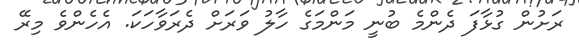
ރަށުން ގުޅާފަ ދެންމެ ބުނީ މަންމަގެ ހާލު ވަރަށް ދެރަވާހަކަ. އެހެންވެ މިރޭ